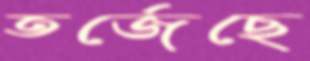
তর্জেছে